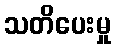
သတိပေးမှု